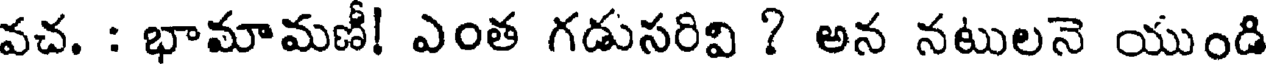
వచ. : భామామణీ! ఎంత గడుసరివి ? అన నటులనె యుండి